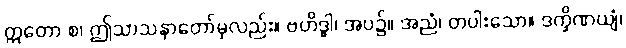
ဣတော စ၊ ဤသာသနာတော်မှလည်း။ ဗဟိဒ္ဓါ၊ အပ၌။ အညံ၊ တပါးသော။ ဒက္ခိဏယျံ၊